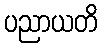
ပညာယတိ